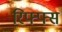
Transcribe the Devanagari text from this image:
रिफ्फ्स